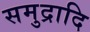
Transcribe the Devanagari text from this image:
समुद्रादि